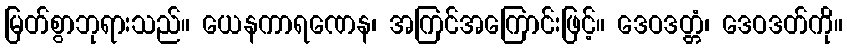
မြတ်စွာဘုရားသည်။ ယေနကာရဏေန၊ အကြင်အကြောင်းဖြင့်။ ဒေဝဒတ္တံ၊ ဒေဝဒတ်ကို။